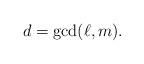
LaTeX: \begin{align*}d=\gcd(\ell,m).\end{align*}